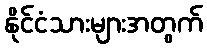
နိုင်ငံသားများအတွက်